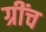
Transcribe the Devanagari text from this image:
ग्रींच